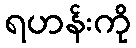
ရဟန်းကို